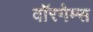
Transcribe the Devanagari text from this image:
वॉरगेम्स